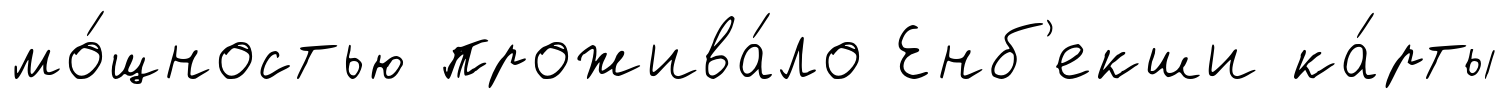
мо́щностью прожива́ло Енб'екши ка́рты